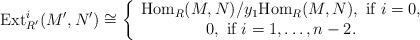
LaTeX: \begin{align*}\textrm{Ext}_{R'}^{i}(M', N') \cong \left\{\begin{array}{ccccccc}\textrm{Hom}_{R} (M, N) /y_1 \textrm{Hom}_{R} (M, N), \textrm{ if } i = 0, \\ 0, \textrm{ if } i=1, \ldots, n-2.\end{array}\right.\end{align*}